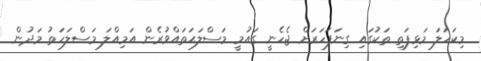
މިކަހަލަ މަޅިފަތި ތަކުގައި ގިނަފަހަރަށް ޖެހެނީ ގައުމީ މަސްލަޙަތައްވުރެން އަމިއްލަ މަސްލަހަތު މަދުން